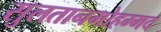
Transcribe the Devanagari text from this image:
सुलतानमोहम्मद